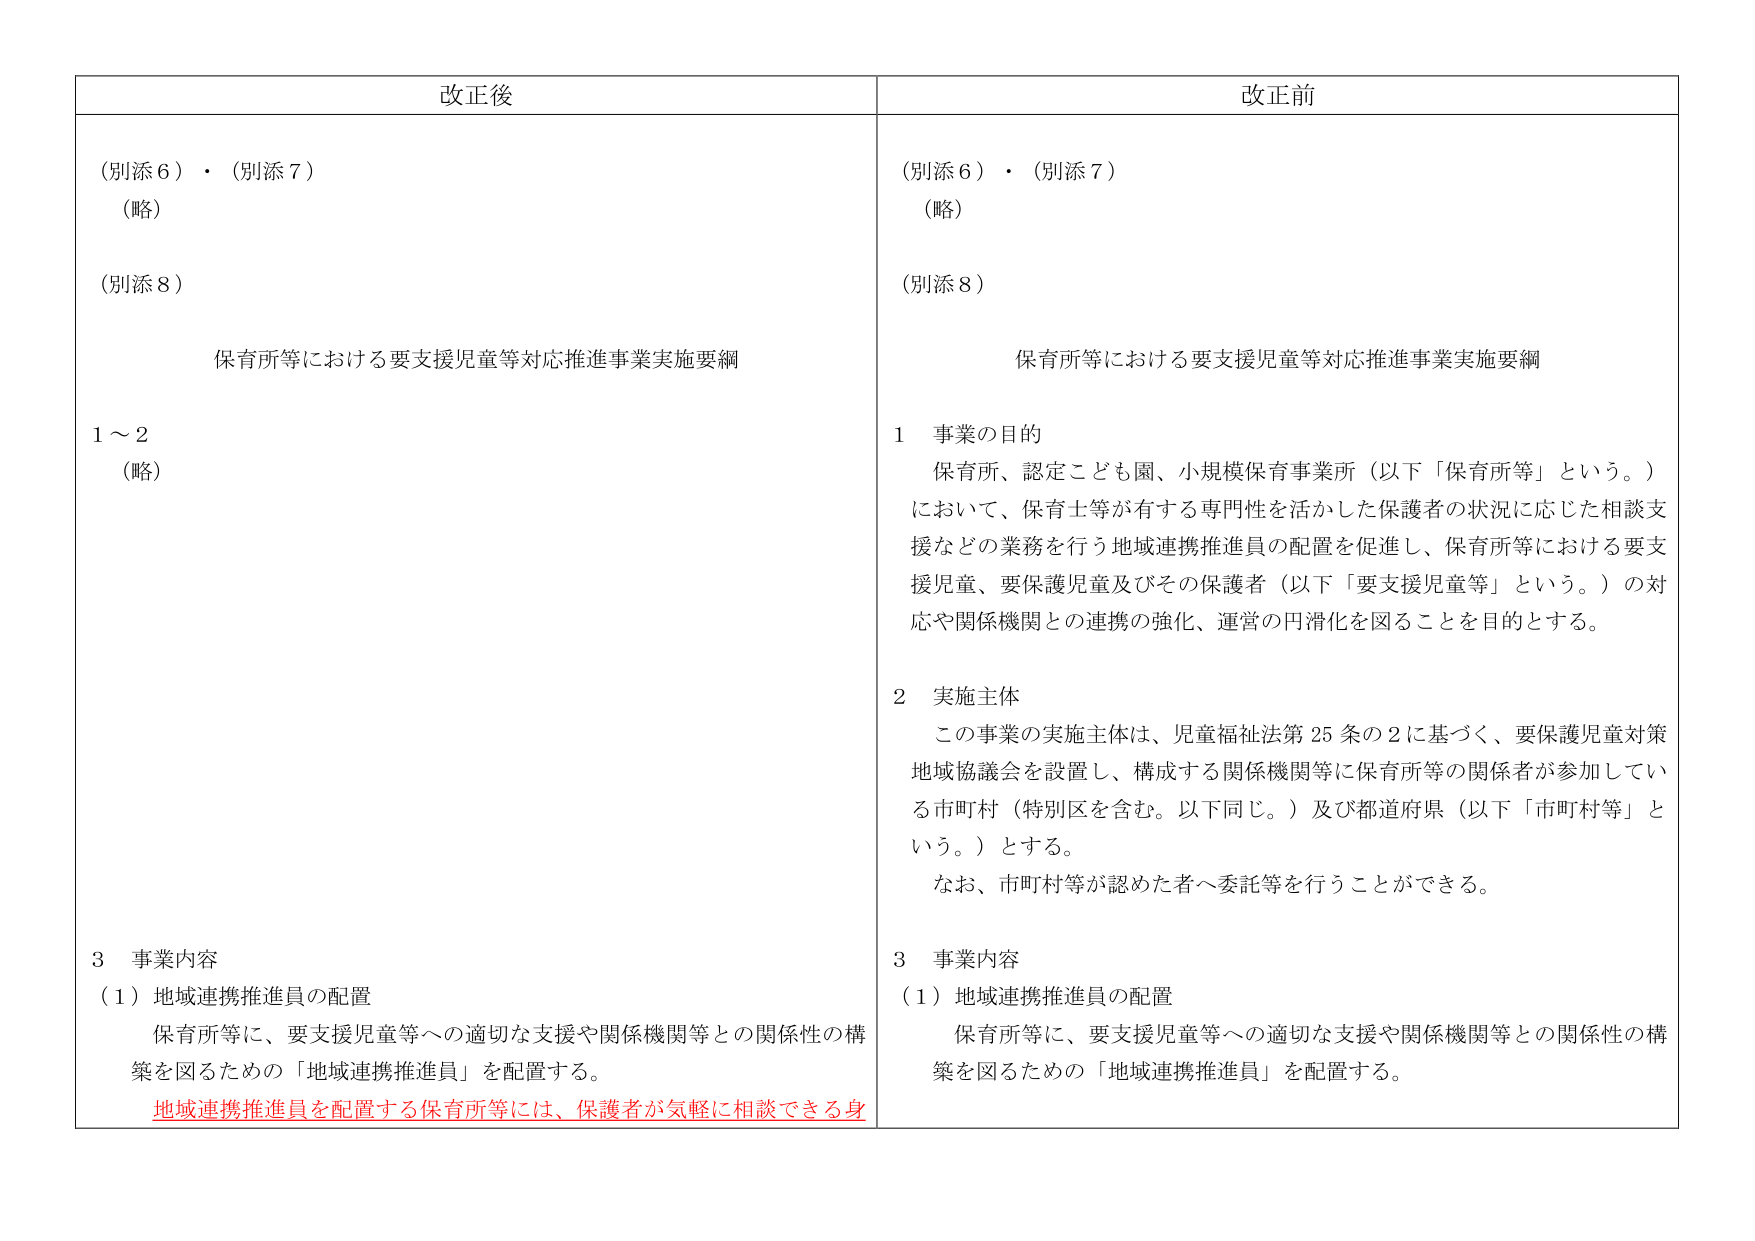
改正後
（別添６）・（別添７）
（略）
（別添８）
保育所等における要支援児童等対応推進事業実施要綱
１～２
（略）
３ 事業内容
（１）地域連携推進員の配置
保育所等に、要支援児童等への適切な支援や関係機関等との関係性の構築を図るための「地域連携推進員」を配置する。
地域連携推進員を配置する保育所等には、保護者が気軽に相談できる身

改正前
（別添６）・（別添７）
（略）
（別添８）
保育所等における要支援児童等対応推進事業実施要綱
１ 事業の目的
保育所、認定こども園、小規模保育事業所（以下「保育所等」という。）において、保育士等が有する専門性を活かした保護者の状況に応じた相談支援などの業務を行う地域連携推進員の配置を促進し、保育所等における要支援児童、要保護児童及びその保護者（以下「要支援児童等」という。）の対応や関係機関との連携の強化、運営の円滑化を図ることを目的とする。
２ 実施主体
この事業の実施主体は、児童福祉法第25条の2に基づく、要保護児童対策地域協議会を設置し、構成する関係機関等に保育所等の関係者が参加している市町村（特別区を含む。以下同じ。）及び都道府県（以下「市町村等」という。）とする。
なお、市町村等が認めた者へ委託等を行うことができる。
３ 事業内容
（１）地域連携推進員の配置
保育所等に、要支援児童等への適切な支援や関係機関等との関係性の構築を図るための「地域連携推進員」を配置する。